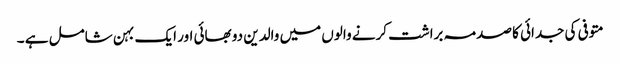
متوفی کی جدائی کا صدمہ براشت کرنے والوں میں والدین دو بھائی اور ایک بہن شامل ہے ۔